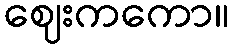
ဈေးကကော။